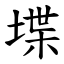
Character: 堞